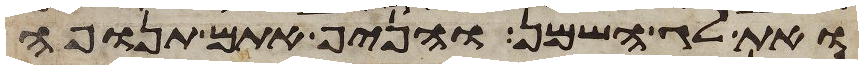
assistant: ואת לג השמן והניף אתם תנופה